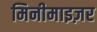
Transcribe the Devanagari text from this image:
मिनीमाइज़र